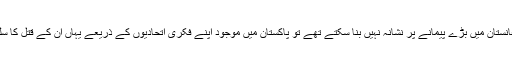
وہ انہیں اب افغانستان میں بڑے پیمانے پر نشانہ نہیں بنا سکتے تھے تو پاکستان میں موجود اپنے فکری اتحادیوں کے ذریعے یہاں ان کے قتل کا سلسلہ شروع کیا۔